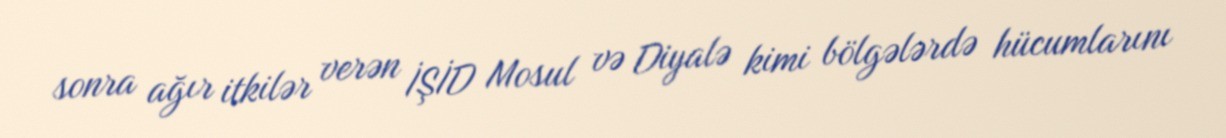
sonra ağır itkilər verən İŞİD Mosul və Diyalə kimi bölgələrdə hücumlarını